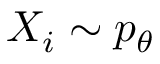
X _ { i } \sim p _ { \theta }